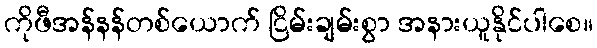
ကိုဖီအန်နန်တစ်ယောက် ငြိမ်းချမ်းစွာ အနားယူနိုင်ပါစေ။